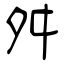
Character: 舛